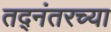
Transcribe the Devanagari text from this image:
तद्नंतरच्या